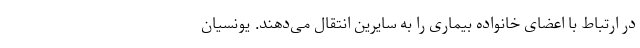
در ارتباط با اعضای خانواده بیماری را به سایرین انتقال می‌دهند. یونسیان